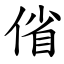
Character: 偗